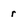
Character: r